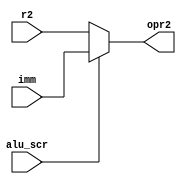
module alu_opr2_mux(r2,imm,alu_scr,opr2);

input wire[63:0] r2;
input wire[63:0] imm;
input wire alu_scr;

output wire[63:0] opr2;

assign opr2 = (alu_scr)? imm : r2;
endmodule